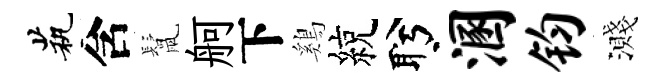
茕含鬛舸下鷄綂盻溷钧濺